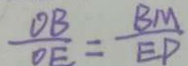
\frac { O B } { O E } = \frac { B M } { E P }